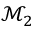
\mathcal { M } _ { 2 }